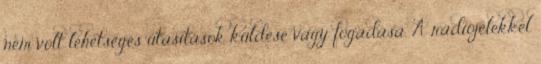
nem volt lehetséges utasítások küldése vagy fogadása. A rádiójelekkel